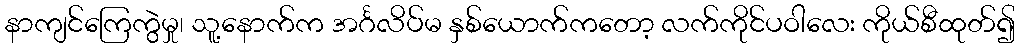
နာကျင်ကြေကွဲမှု၊ သူ့နောက်က အင်္ဂလိပ်မ နှစ်ယောက်ကတော့ လက်ကိုင်ပဝါလေး ကိုယ်စီထုတ်၍